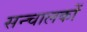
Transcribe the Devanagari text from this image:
सन्चालकों